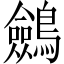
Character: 𪇇